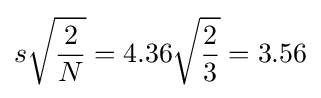
s{\sqrt {\frac {2}{N}}}=4.36{\sqrt {\frac {2}{3}}}=3.56